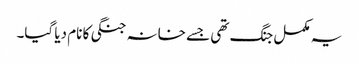
یہ مکمل جنگ تھی جسے خانہ جنگی کا نام دیا گیا۔